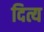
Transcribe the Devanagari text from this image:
दित्य